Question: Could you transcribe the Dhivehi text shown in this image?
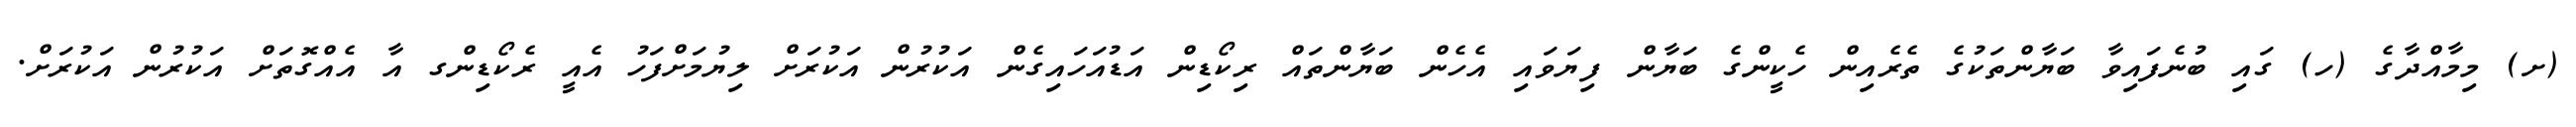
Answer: (ށ) މިމާއްދާގެ (ހ) ގައި ބުނެފައިވާ ބަޔާންތަކުގެ ތެރެއިން ހެކީންގެ ބަޔާން ފިޔަވައި އެހެން ބަޔާންތައް ރިކޯޑިން އަޑުއަހައިގެން އަކުރުން އަކުރަށް ލިޔުމަށްފަހު އެއީ ރެކޯޑިންގ އާ އެއްގޮތަށް އަކުރުން އަކުރަށް.